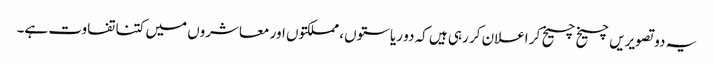
یہ دو تصویریں چیخ چیخ کر اعلان کر رہی ہیں کہ دو ریاستوں، مملکتوں اور معاشروں میں کتنا تفاوت ہے۔